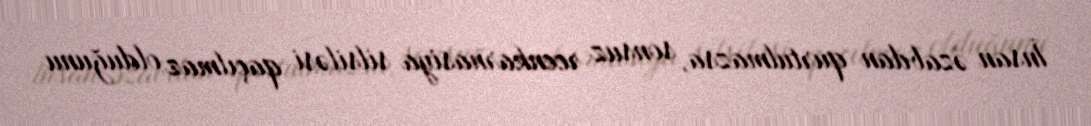
İnsan əzabdan qurtulmazsa, sonsuz reenkarnasiya silsiləsi qaçılmaz olduğunu